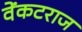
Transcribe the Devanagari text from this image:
वेंकटराज